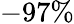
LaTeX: -97\%